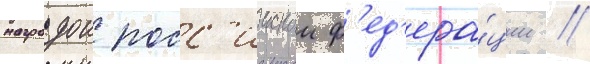
наградои росс'иискои ф'ед'ера́ции /